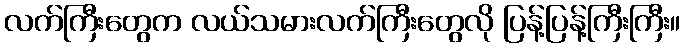
လက်ကြီးတွေက လယ်သမားလက်ကြီးတွေလို ပြန့်ပြန့်ကြီးကြီး။